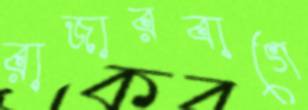
রাজারবাগে